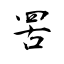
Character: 罟